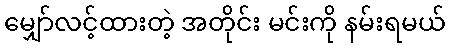
မျှော်လင့်ထားတဲ့ အတိုင်း မင်းကို နမ်းရမယ်